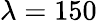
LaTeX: \lambda=150